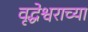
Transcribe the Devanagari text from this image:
वृद्धेश्वराच्या